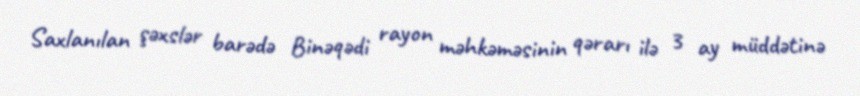
Saxlanılan şəxslər barədə Binəqədi rayon məhkəməsinin qərarı ilə 3 ay müddətinə